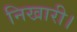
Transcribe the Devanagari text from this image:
निखारी।